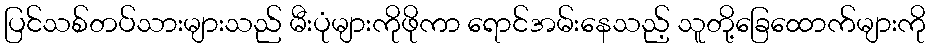
ပြင်သစ်တပ်သားများသည် မီးပုံများကိုဖိုကာ ရောင်အမ်းနေသည့် သူတို့ခြေထောက်များကို